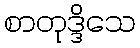
စာတုဒ္ဒိသေ